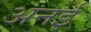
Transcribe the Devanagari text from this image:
अनई